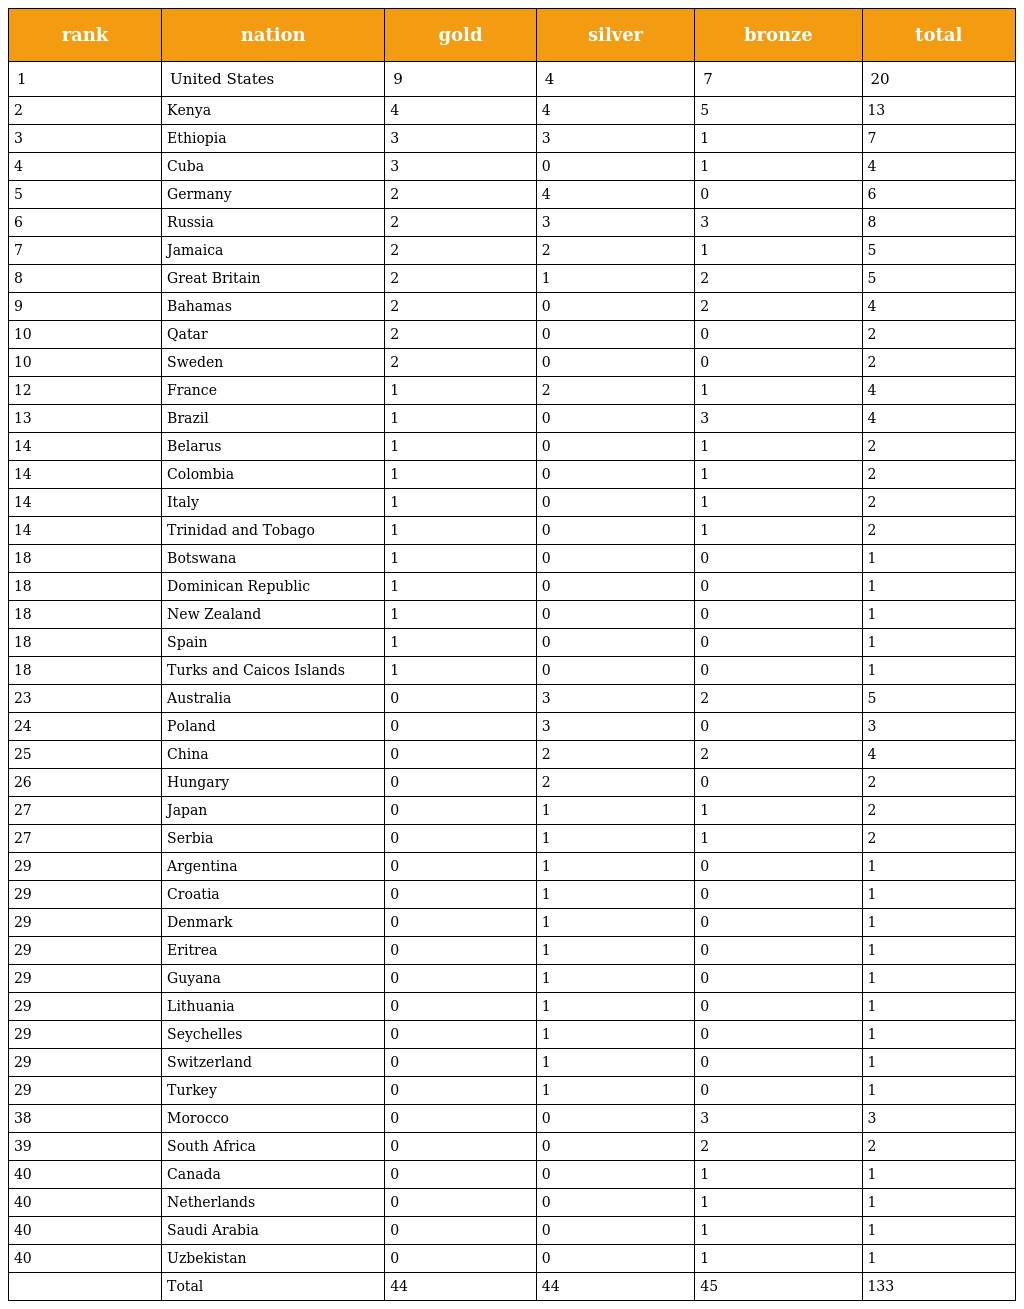
| rank | nation | gold | silver | bronze | total |
 | --- | --- | --- | --- | --- | --- |
 | 1 | United States | 9 | 4 | 7 | 20 |
 | 2 | Kenya | 4 | 4 | 5 | 13 |
 | 3 | Ethiopia | 3 | 3 | 1 | 7 |
 | 4 | Cuba | 3 | 0 | 1 | 4 |
 | 5 | Germany | 2 | 4 | 0 | 6 |
 | 6 | Russia | 2 | 3 | 3 | 8 |
 | 7 | Jamaica | 2 | 2 | 1 | 5 |
 | 8 | Great Britain | 2 | 1 | 2 | 5 |
 | 9 | Bahamas | 2 | 0 | 2 | 4 |
 | 10 | Qatar | 2 | 0 | 0 | 2 |
 | 10 | Sweden | 2 | 0 | 0 | 2 |
 | 12 | France | 1 | 2 | 1 | 4 |
 | 13 | Brazil | 1 | 0 | 3 | 4 |
 | 14 | Belarus | 1 | 0 | 1 | 2 |
 | 14 | Colombia | 1 | 0 | 1 | 2 |
 | 14 | Italy | 1 | 0 | 1 | 2 |
 | 14 | Trinidad and Tobago | 1 | 0 | 1 | 2 |
 | 18 | Botswana | 1 | 0 | 0 | 1 |
 | 18 | Dominican Republic | 1 | 0 | 0 | 1 |
 | 18 | New Zealand | 1 | 0 | 0 | 1 |
 | 18 | Spain | 1 | 0 | 0 | 1 |
 | 18 | Turks and Caicos Islands | 1 | 0 | 0 | 1 |
 | 23 | Australia | 0 | 3 | 2 | 5 |
 | 24 | Poland | 0 | 3 | 0 | 3 |
 | 25 | China | 0 | 2 | 2 | 4 |
 | 26 | Hungary | 0 | 2 | 0 | 2 |
 | 27 | Japan | 0 | 1 | 1 | 2 |
 | 27 | Serbia | 0 | 1 | 1 | 2 |
 | 29 | Argentina | 0 | 1 | 0 | 1 |
 | 29 | Croatia | 0 | 1 | 0 | 1 |
 | 29 | Denmark | 0 | 1 | 0 | 1 |
 | 29 | Eritrea | 0 | 1 | 0 | 1 |
 | 29 | Guyana | 0 | 1 | 0 | 1 |
 | 29 | Lithuania | 0 | 1 | 0 | 1 |
 | 29 | Seychelles | 0 | 1 | 0 | 1 |
 | 29 | Switzerland | 0 | 1 | 0 | 1 |
 | 29 | Turkey | 0 | 1 | 0 | 1 |
 | 38 | Morocco | 0 | 0 | 3 | 3 |
 | 39 | South Africa | 0 | 0 | 2 | 2 |
 | 40 | Canada | 0 | 0 | 1 | 1 |
 | 40 | Netherlands | 0 | 0 | 1 | 1 |
 | 40 | Saudi Arabia | 0 | 0 | 1 | 1 |
 | 40 | Uzbekistan | 0 | 0 | 1 | 1 |
 |  | Total | 44 | 44 | 45 | 133 |